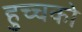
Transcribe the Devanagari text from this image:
हुच्चको